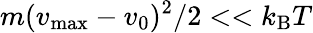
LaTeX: m(v_{\textrm{max}}-v_{0})^{2}/2<<k_{\textrm{B}}T